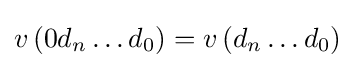
v\left(0d_{n}\ldots d_{0}\right)=v\left(d_{n}\ldots d_{0}\right)